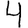
Digit: 4